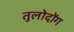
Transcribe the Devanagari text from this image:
तुलोदोंग